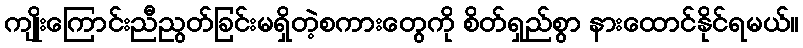
ကျိုးကြောင်းညီညွတ်ခြင်းမရှိတဲ့စကားတွေကို စိတ်ရှည်စွာ နားထောင်နိုင်ရမယ်။